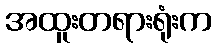
အထူးတရားရုံးက